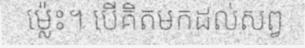
ម្ល៉េះ។ បើគិតមកដល់សព្វ